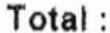
TOTAL :